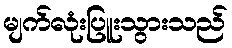
မျက်လုံးပြူးသွားသည်